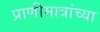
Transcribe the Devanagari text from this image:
प्राणीमात्रांच्या